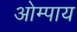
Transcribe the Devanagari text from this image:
ओम्पाय